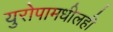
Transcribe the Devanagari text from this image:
युरोपामधीलही